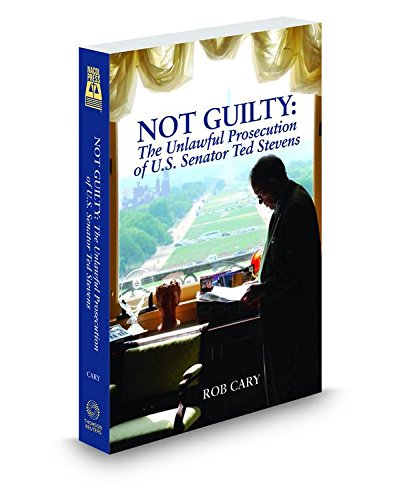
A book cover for Not Guilty: The Unlawful Prosecution of U.S. Senator Ted Stevens; Rob Cary; Law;